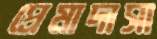
প্রেমাদাসা